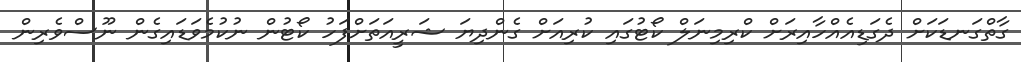
ގާތްގަނޑަކަށް ދެގަޑިއެއްހާއިރަށް ކްރިމިނަލް ކޯޓުގައި ކުރިއަށް ގެންދިޔަ ޝަރީއަތަށްފަހު ކޯޓުން ނުކުމެވަޑައިގެން ނޫސްވެރިން